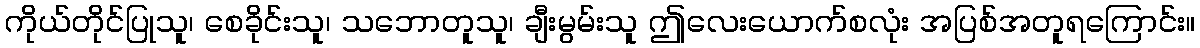
ကိုယ်တိုင်ပြုသူ၊ စေခိုင်းသူ၊ သဘောတူသူ၊ ချီးမွမ်းသူ ဤလေးယောက်စလုံး အပြစ်အတူရကြောင်း။